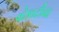
વોકાટીયા